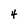
Character: 4